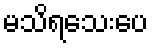
မသိရသေးပေ